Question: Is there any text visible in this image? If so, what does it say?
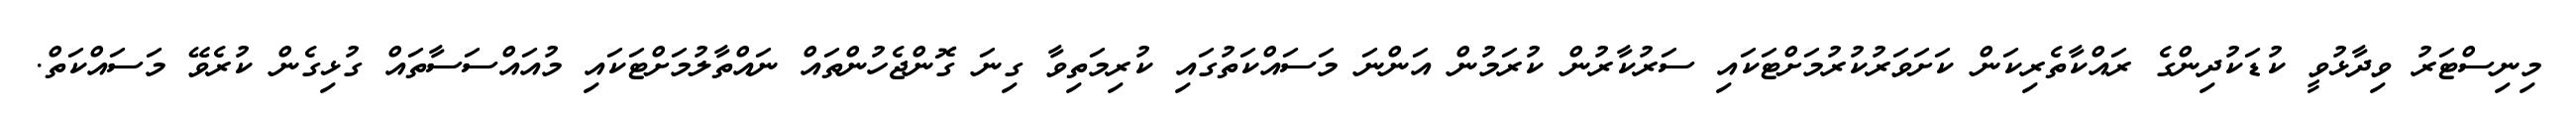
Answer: މިނިސްޓަރު ވިދާޅުވީ ކުޑަކުދިންގެ ރައްކާތެރިކަން ކަށަވަރުކުރުމަށްޓަކައި ސަރުކާރުން ކުރަމުން އަންނަ މަސައްކަތުގައި ކުރިމަތިވާ ގިނަ ގޮންޖެހުންތައް ނައްތާލުމަށްޓަކައި މުއައްސަސާތައް ގުޅިގެން ކުރެވޭ މަސައްކަތް.